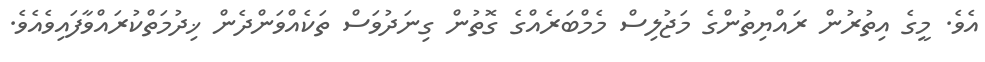
އެވެ. މީގެ އިތުރުން ރައްޔިތުންގެ މަޖުލިސް މެމްބަރެއްގެ ގޮތުން ގިނަދުވަސް ތަކެއްވަންދެން ޚިދުމަތްކުރައްވާފައިވެއެވެ.